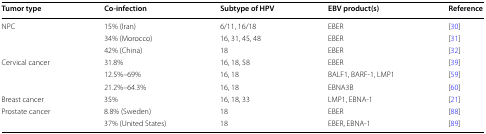
<table><thead><tr><td><b>Tumor type</b></td><td><b>Co-infection</b></td><td><b>Subtype of HPV</b></td><td><b>EBV product(s)</b></td><td><b>Reference</b></td></tr></thead><tbody><tr><td>NPC</td><td>15% (Iran)</td><td>6/11, 16/18</td><td>EBER</td><td>[30]</td></tr><tr><td></td><td>34% (Morocco)</td><td>16, 31, 45, 48</td><td>EBER</td><td>[31]</td></tr><tr><td></td><td>42% (China)</td><td>18</td><td>EBER</td><td>[32]</td></tr><tr><td>Cervical cancer</td><td>31.8%</td><td>16, 18, 58</td><td>EBER</td><td>[39]</td></tr><tr><td></td><td>12.5%–69%</td><td>16, 18</td><td>BALF1, BARF-1, LMP1</td><td>[59]</td></tr><tr><td></td><td>21.2%–64.3%</td><td>16, 18</td><td>EBNA3B</td><td>[60]</td></tr><tr><td>Breast cancer</td><td>35%</td><td>16, 18, 33</td><td>LMP1, EBNA-1</td><td>[21]</td></tr><tr><td>Prostate cancer</td><td>8.8% (Sweden)</td><td>18</td><td>EBER</td><td>[88]</td></tr><tr><td></td><td>37% (United States)</td><td>18</td><td>EBER, EBNA-1</td><td>[89]</td></tr></tbody></table>